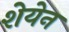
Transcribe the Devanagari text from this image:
शेयेन